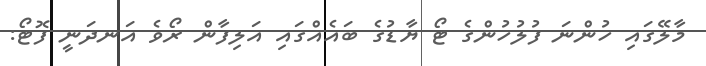
މާލޭގައި ހުންނަ ފުލުހުންގެ ޓޯ ޔާޑުގެ ބައެއްގައި އަލިފާން ރޯވެ އަނދަނީ ފޮޓޯ: